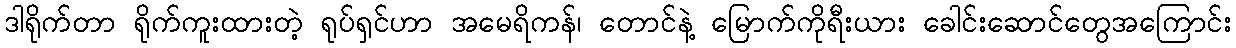
ဒါရိုက်တာ ရိုက်ကူးထားတဲ့ ရုပ်ရှင်ဟာ အမေရိကန်၊ တောင်နဲ့ မြောက်ကိုရီးယား ခေါင်းဆောင်တွေအကြောင်း